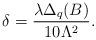
LaTeX: \begin{align*}\delta=\frac{\lambda\Delta_q(B)}{10\Lambda^2}.\end{align*}